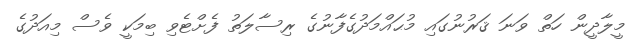
މީލާދީން ހަތް ވަނަ ޤަރުނުގައި މުޙައްމަދުގެފާނުގެ ރިސާލަތު ފެށްޓެވި ބިމަކީ ވެސް މިއަދުގެ